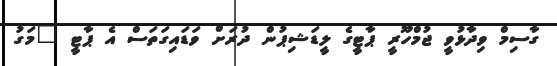
ގާސިމް ވިދާޅުވީ ޖުމްހޫރީ ޕާޓީގެ ލީޑަޝިޕުން ދުރަށް ވަޑައިގަތަސް އެ ޕާޓީ "މަގު